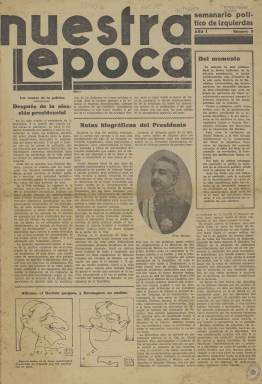
Título: Nuestra época (Madrid. 1931)
Colección: Revistas de información general
Ámbito geográfico: Madrid
Lugar de publicación: Madrid
Fechas: 12/12/1931-12/12/1931

Este periódico que lleva por subtítulo el de semanario político de izquierdas sale a la luz días antes de la promulgación el 9 de diciembre de 1931 de la Constitución de la II República. La Biblioteca Nacional de España solo posee el número 2, del día 12 de diciembre, el día después de la elección de Niceto Alcalá-Zamora como presidente de la República, de quien se hace un panegírico en la portada con su foto incluida.

   Aparte de que su vida fue corta, como se deduce del poco rastro que esta publicación ha dejado, tampoco está claro quiénes fueron sus fundadores, su director y sus redactores, dado que apenas hay nombres propios acompañando las informaciones o los artículos de opinión. En algunos periódicos se insertaron anuncios para publicitar su salida que se limitaban a decir que se trataba de una plantilla entusiasmada con el régimen republicano y que era ‘el semanario de la juventud que ha hecho la revolución’.

  De estar ligado a algún partido, parece más próximo al PSOE que a cualquier otro, dado el elogio que se hace en su última página de Pablo Iglesias, el fundador del partido, con motivo de cumplirse el sexto aniversario de su muerte. En esta misma página leemos una entrevista a Luis Jiménez Asúa, que había presidido por el grupo socialista la comisión parlamentaria encargada de aprobar la Constitución.

   Una de las pocas firmas que se puede identificar es la de Adeflor, seudónimo de Alfredo García García, quien era entonces director de El Comercio de Gijón. Aparece como autor de un artículo de crítica a la conferencia que Ortega y Gasset dio en el cine de la Ópera de Madrid con el título: ‘Rectificando la República’.  Salvo que algún otro periodista firmara con el mismo seudónimo debemos de creer que se trata del prestigioso periodista y escritor gijonés.

El número del semanario que posee la BNE, de 12 páginas, apenas tiene ilustraciones (casi todo dibujos y caricaturas), y contiene una doble página dedicada al recuerdo de los capitanes Fermín Galán y García Hernández, los héroes de Jaca que se alzaron en favor de la República, al cumplirse un año de su fusilamiento.

  Aunque el contenido del periódico es eminentemente de política nacional, no faltan otro tipo de informaciones, como la página de Libros dedicada a dar noticia y comentar las novedades editoriales y la información internacional, así como alguna píldora deportiva. Pero en general el semanario está volcado en los asuntos candentes del momento, como el proyecto de reforma agraria, la ley del divorcio o el sostenimiento del culto católico al retirar el Estado su financiación.

   Es probable que se editara algún número más, pero esta publicación de izquierdas tenía que competir en un mercado ya muy saturado de prensa de todo el espectro político y además en un periodo de crisis económica, razones que pueden explicar su pronta desaparición.

[Descripción publicada el 7/07/2023]